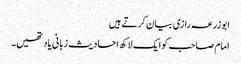
ابوزرعہ رازی بیان کرتے ہیں
امام صاحب کو ایک لاکھ احادیث زبانی یاد تھیں۔